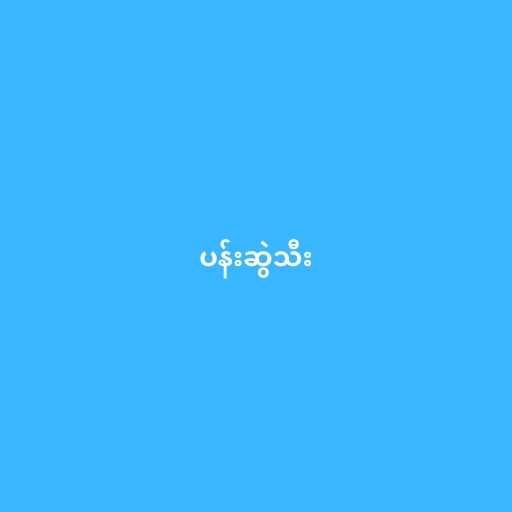
ပန်းဆွဲသီး